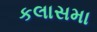
કલાસમા